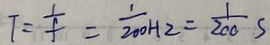
T = \frac { 1 } { f } = \frac { 1 } { 2 0 0 H 2 } = \frac { 1 } { 2 0 0 } s